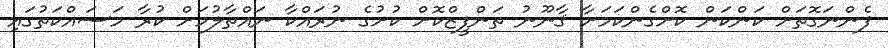
ފެންނަގޮތަށް ކަންކަން ކޮށްގެންކަމަށާ ޤާނޫނު ތަންފީޒްކޮށް ކުށުގެ ނުރައްކާ ނައްތާލުމަށް ކުރާ މަސައްކަތުގައި